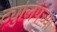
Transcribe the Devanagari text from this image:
ट्युलिपच्या